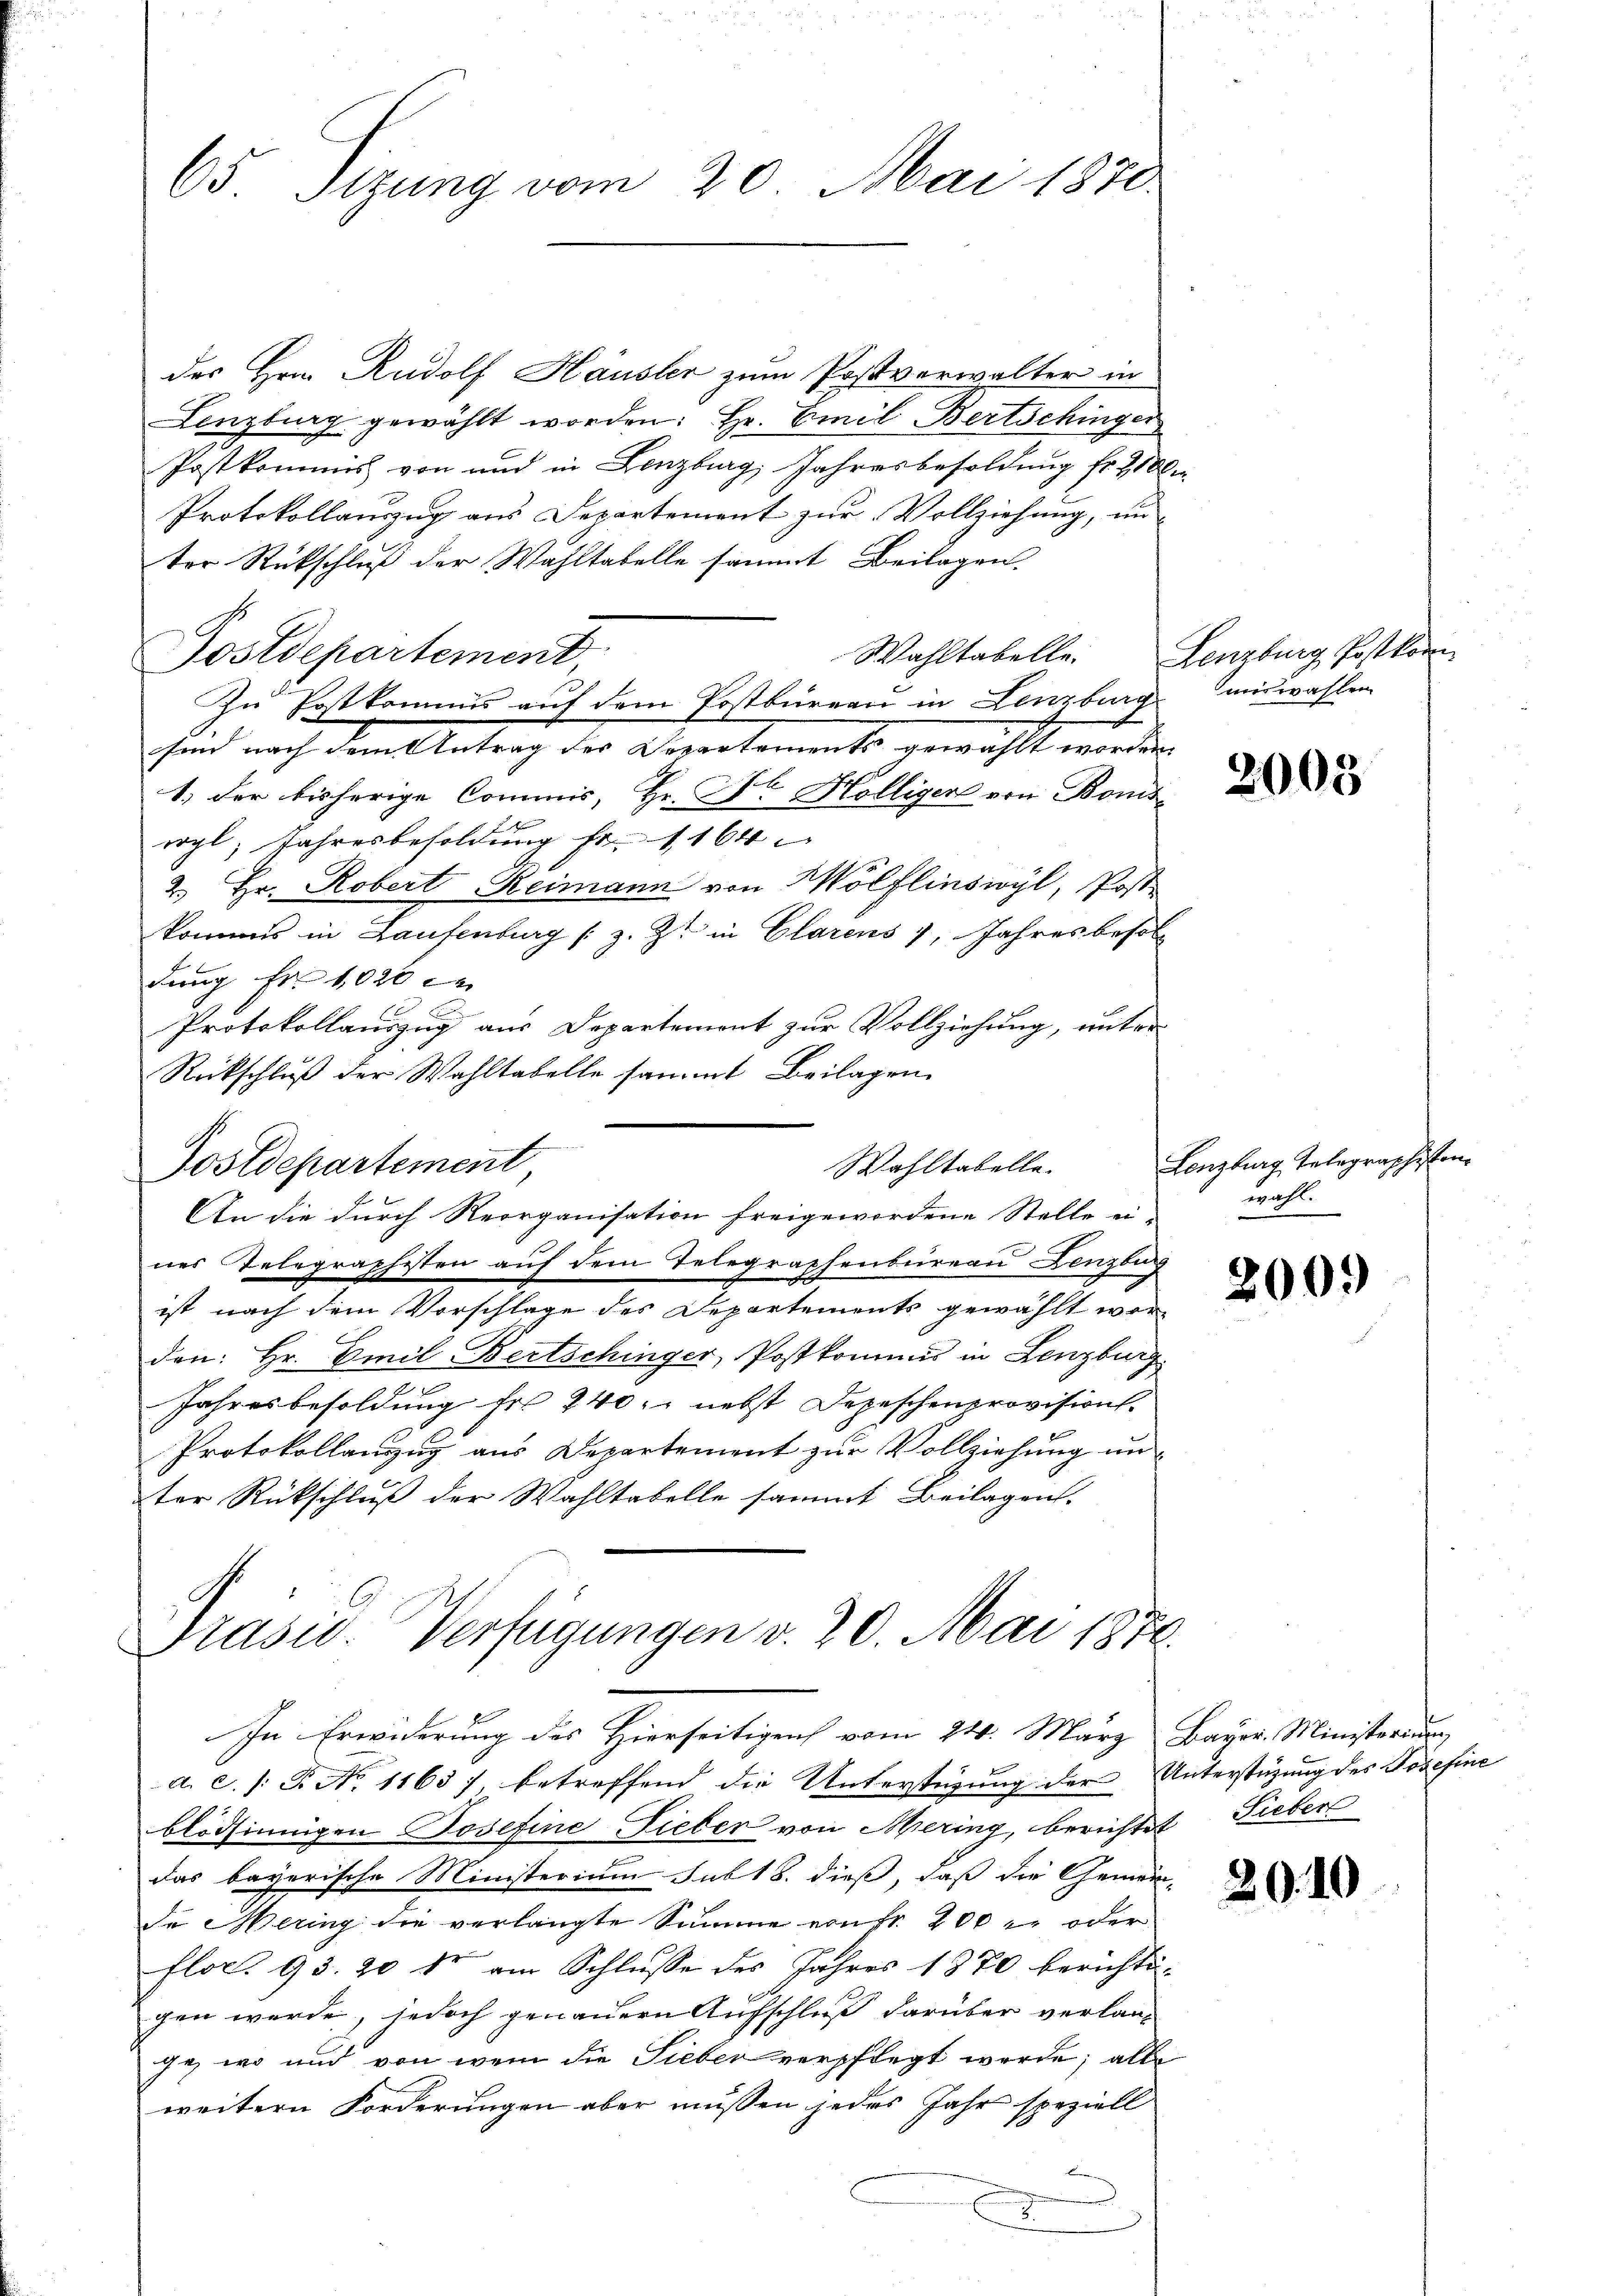
65 Sizung vom 20. Mai 1870.

des Hrn. Rudolf Häusler zum Postverwalter in
Lenzburg gewählt worden: Hr. Emil Bertschinger
Postkommis von und in Lenzburg, Jahresbesoldung fr. 2100
Protokollauszug aus Departement zur Vollziehung, un
ter Rückschluß der Wahltabelle sammt Beilagen.
Postdepartement,
Zn Postkommis auf dem Postbureau in Lenzburg
sind nach dem Antrag der Depertements gewählt worden.
1) der bisherige Commis, Hr. Fr. Holliger von Bonis¬
E
wyl, Jahresbesoldung fr. 1164
2.) Hr. Robert Reimann von Wölflinswyl, Post-
kommes in Laufenburg (z. Zt. in Clarens 7, Jahresbesol
dung Fr. 1020
Protokollauszug aus Departemont zur Vollziehung, unter
Rückschluß der Wahltabelle sammt Beilagen
Postdepartement
An die durch Reorganisation freigewordene Stelle ei-
nes Telegraphesten auf dem Telegraphenbureau Lenzburg
ist nach dem Vorschlage des Departements gewählt worden: Hr. Emil-Bertschinger, Postkommis in Lenzburg
Jahresbesoldung fr. 240. nebst Depeschenprovision.
Protokollauszug aus Departement zur Vollziehung unter Rückschluß der Wahltabelle sammt Beilagen.
Präsid. Verfügungen v. 20. Mai 1870.
In Erwiderung des Hierseitigen vom 24. März Bayer. Ministerium
a. c. s. B. No 1163), betreffend die Unterstüzung der Unterstüzung des Josefine
blödsinnigen Josefine Lieber von Mering, berichtet, Lieber
das bayerische Ministerium sub 18. dieß, daß die Gemein-
de Mering die verlangte Summe von Fr. 200 er oder
flot. 93. 20 kr am Schlusse des Jahres 1870 berichtigen werde, jedoch genauern Aufschluß darüber verlange, wo und von wem die Sieber verpflegt werde; alle
weitern Forderungen aber müssen jedes Jahr speziell
.

Wohltabelle.

Wahltabelle. Lenzburg Postkorn
miswahlen

2003

Lenzburg, Telegraphisten
wahl.

200.

20.10